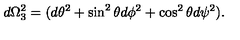
d \Omega _ { 3 } ^ { 2 } = ( d \theta ^ { 2 } + \sin ^ { 2 } \theta d \phi ^ { 2 } + \cos ^ { 2 } \theta d \psi ^ { 2 } ) .